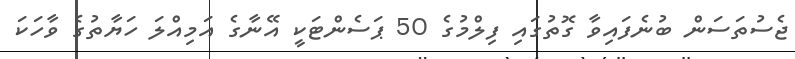
ޖެސުތަސަން ބުނެފައިވާ ގޮތުގައި ފިލްމުގެ 50 ޕަސެންޓަކީ އޭނާގެ އަމިއްލަ ހަޔާތުގެ ވާހަކަ